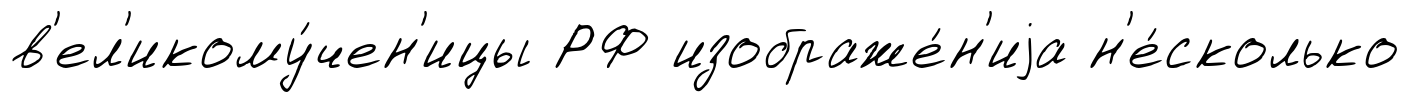
в'ел'икому́чен'ицы РФ изображе́н'иjа н'е́сколько